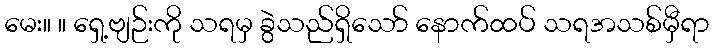
မေး။ ။ ရှေ့ဗျဉ်းကို သရမှ ခွဲသည်ရှိသော် နောက်ထပ် သရအသစ်မှီရာ